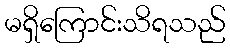
မရှိကြောင်းသိရသည်